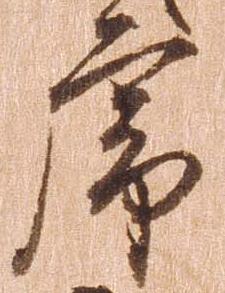
虎